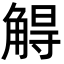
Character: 䚟